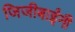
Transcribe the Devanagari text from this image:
जिजीबाईंनी